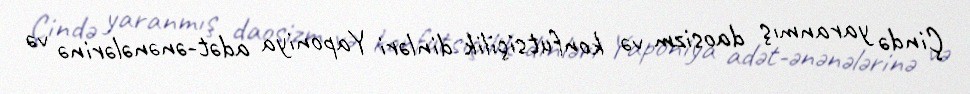
Çində yaranmış daosizm və konfutsiçilik dinləri Yaponiya adət-ənənələrinə və